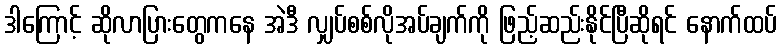
ဒါကြောင့် ဆိုလာပြားတွေကနေ အဲဒီ လျှပ်စစ်လိုအပ်ချက်ကို ဖြည့်ဆည်းနိုင်ပြီဆိုရင် နောက်ထပ်